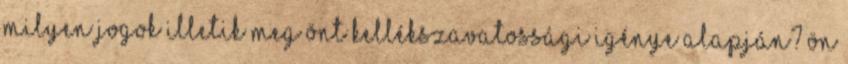
Milyen jogok illetik meg Önt kellékszavatossági igénye alapján? Ön